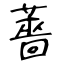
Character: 薔